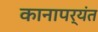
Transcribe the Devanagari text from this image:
कानापर्यंत